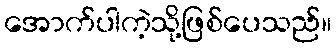
အောက်ပါကဲ့သို့ဖြစ်ပေသည်။